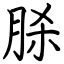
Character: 脎